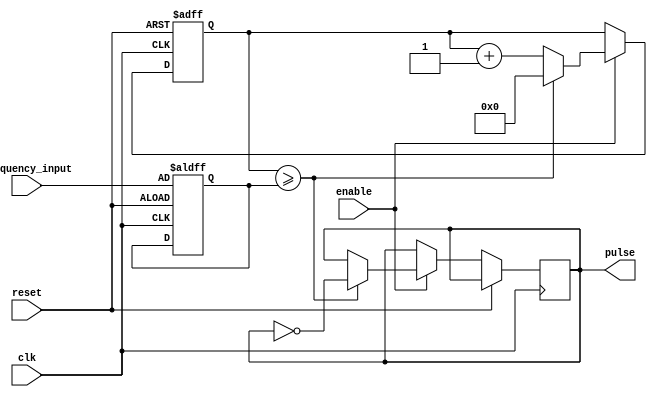
module VariableFrequencyPulseGenerator(
    input wire clk,
    input wire reset,
    input wire enable,
    input wire [7:0] frequency_input,
    output reg pulse
);

reg [7:0] counter;
reg [7:0] divider;
reg sync;

always @(posedge clk or posedge reset) begin
    if (reset) begin
        counter <= 8'b0;
        divider <= frequency_input;
        sync <= 1'b0;
    end else if (enable) begin
        counter <= counter + 1;
        if (counter >= divider) begin
            counter <= 8'b0;
            pulse <= ~pulse;
            sync <= 1'b1;
        end else begin
            sync <= 1'b0;
        end
    end
end

endmodule